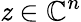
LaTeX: \mathit{z}\in\mathbb{{C}}^{n}